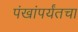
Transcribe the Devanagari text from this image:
पंखांपर्यंतचा